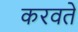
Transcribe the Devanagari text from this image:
करवते